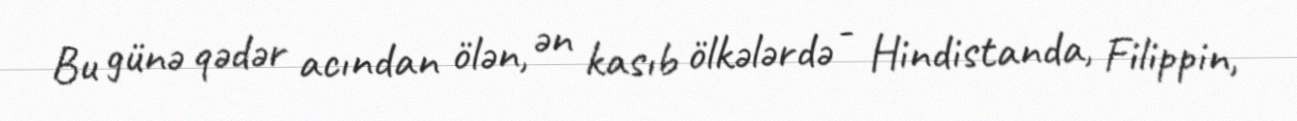
Bu günə qədər acından ölən, ən kasıb ölkələrdə - Hindistanda, Filippin,